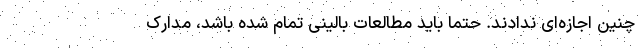
چنین اجازه‌ای ندادند. حتماً باید مطالعات بالینی تمام شده باشد، مدارک